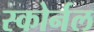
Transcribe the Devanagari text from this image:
स्कोर्नल